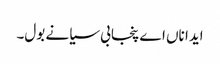
ایدا ناں اے پنجابی سیانے بول۔